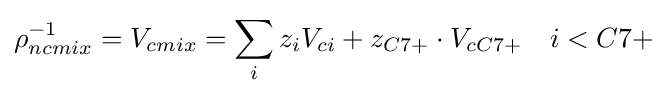
\rho _{ncmix}^{-1}=V_{cmix}=\sum _{i}z_{i}V_{ci}+z_{C7+}\cdot V_{cC7+}\quad i<C7+